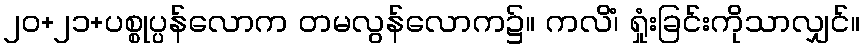
၂၀+၂၁+ပစ္စုပ္ပန်လောက တမလွန်လောက၌။ ကလိံ၊ ရှုံးခြင်းကိုသာလျှင်။